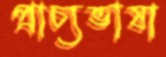
প্রাচ্যভাষা